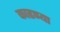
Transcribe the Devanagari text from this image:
काढण्या